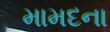
મામદના